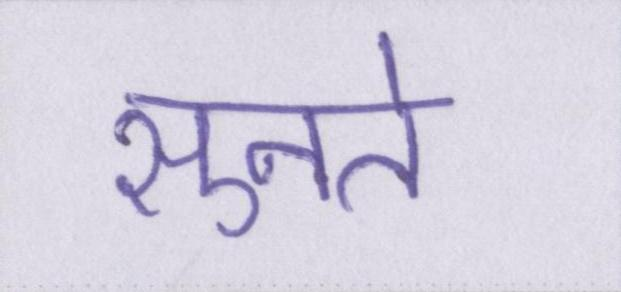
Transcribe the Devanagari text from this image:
सुनते